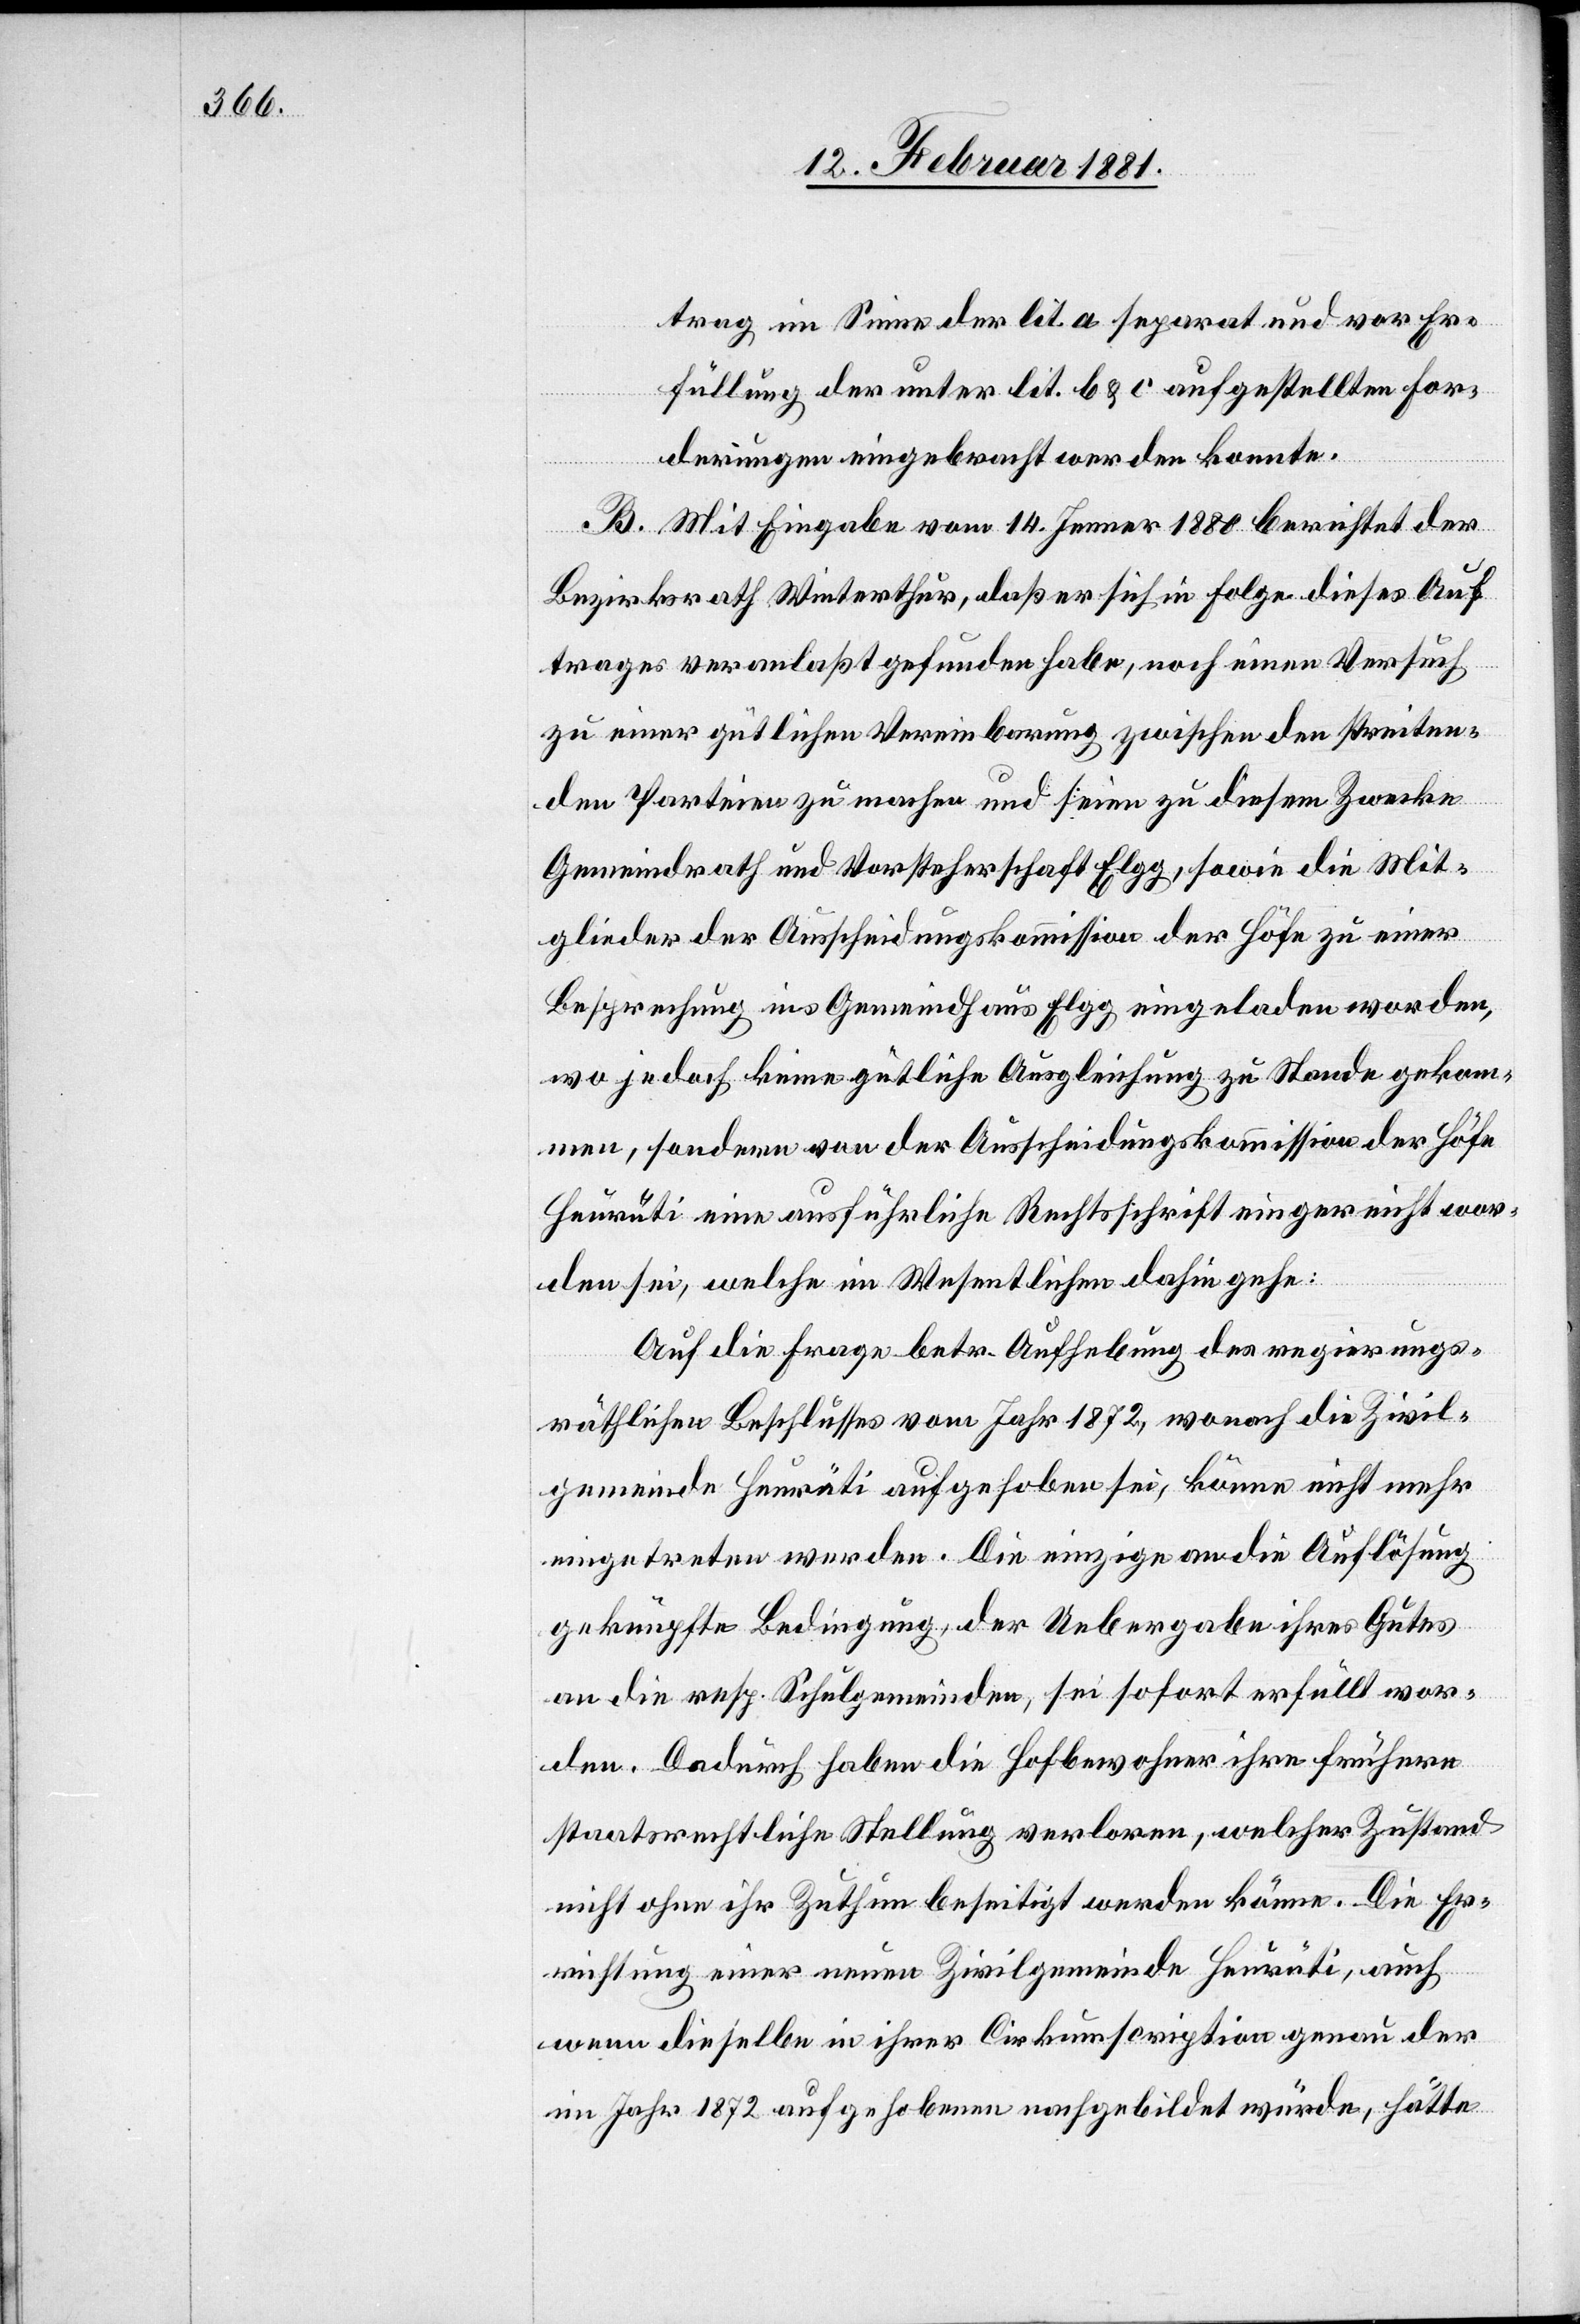
trag im Sinne der lit. a separat und vor Er¬
füllung der unter lit. b & c aufgestellten For¬
derung eingebracht werden konnte.
B. Mit Eingabe vom 14. Jenner 1880 berichtet der
Bezirksrath Winterthur, daß er sich in Folge dieses Auf¬
trages veranlaßt gefunden habe, noch einen Versuch
zu einer gütlichen Vereinbarung zwischen den streiten¬
den Parteien zu machen uns seien zu diesem Zwecke
Gemeindrath und Vorsteherschaft Elgg, sowie die Mit¬
glieder der Ausscheidungskommission der Höfe zu einer
Besprechung ins Gemeind[e]haus Elgg eingeladen worden,
wo jedoch keine gütliche Ausgleichung zu Stande gekom¬
men, sondern von der Ausscheidungskommission der Höfe
Heurüti eine ausführliche Rechtsschrift eingereicht wor¬
den sei, welche im Wesentlichen dahin gehe:
Auf die Frage betr. Aufhebung des regierungs¬
räthlichen Beschlusses vom Jahr 1872, wonach die Zivil¬
gemeinde Heurüti aufgehoben sei, könne nicht mehr
eingetreten werden. Die einzige an die Auflösung
geknüpfte Bedingung, der Uebergabe ihres Gutes
an die resp. Schulgemeinden, sei sofort erfüllt wor¬
den. Dadurch haben die Hofbewohner ihre frühern
staatsrechtliche Stellung verloren, welcher Zustand
nicht ohne ihr Zuthun beseitigt werden könne. Die Er¬
richtung einer neuen Zivilgemeinde Heurüti, auch
wenn dieselbe in ihrer Cirkumscription genau der
im Jahr 1872 aufgehobenen nachgebildet würde, hätte